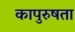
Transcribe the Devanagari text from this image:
कापुरुषता